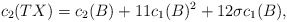
\begin{align*}c_{2}(TX)= c_{2}(B)+11c_{1}(B)^{2}+12 \sigma c_{1}(B),\end{align*}